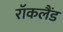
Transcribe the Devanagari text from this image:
रॉकलैंड